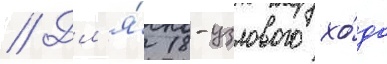
// Дл'я́ 18-узлового хо́да